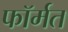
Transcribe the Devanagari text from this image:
फॉर्मत